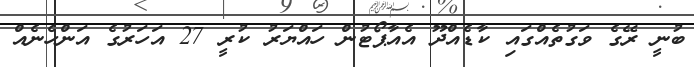
ބުނީ ރޭގެ ވަގުތެއްގައި ކާޑެއްދޫ އެއާޕޯޓުން ހައްޔަރު ކުރީ 27 އަހަރުގެ އަންހެނެއް